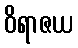
ဝိရာဇယ